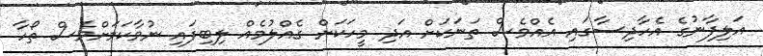
އަލިފާނުގެ އެހާދިސާގައި އެއްވެސް ތަނަކަށް އަދި މީހަކަށް ގެއްލުމެއް ލިބިފައި ނުވާކަމަށްވެސް ތޯހާ